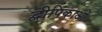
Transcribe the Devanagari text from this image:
द्वीपिकाओं